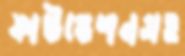
ফাউন্ডেশনসহ